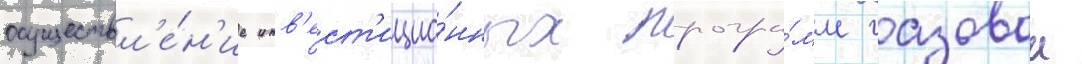
осуществл'е́н'ие инв'ест'ицио́нных програ́мм газовои